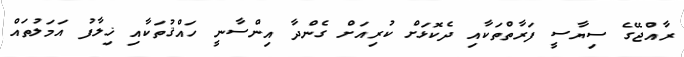
ރާއްޖޭގެ ސިޔާސީ ފަރާތްތަކާއި ދެކޮޅަށް ކުރިއަށް ގެންދާ އިންސާނީ ހައްޤުތަކާއި ޚިލާފު އަމަލުތައް